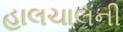
હાલચાલની